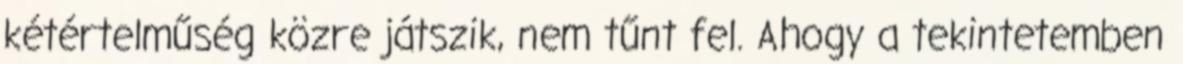
kétértelműség közre játszik, nem tűnt fel. Ahogy a tekintetemben